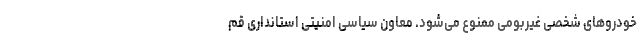
خودروهای شخصی غیربومی ممنوع می‌شود. معاون سیاسی امنیتی استانداری قم